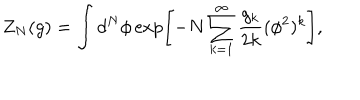
LaTeX: Z _ { N } ( g ) = \int d ^ { N } \phi \exp \left[ - N \sum _ { k = 1 } ^ { \infty } \frac { g _ { k } } { 2 k } ( \phi ^ { 2 } ) ^ { k } \right] ,